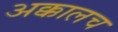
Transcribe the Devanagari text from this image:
अक्कालच